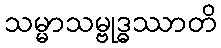
သမ္မာသမ္ဗုဒ္ဓဿာတိ